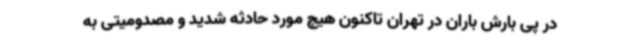
در پی بارش باران در تهران تاکنون هیچ مورد حادثه شدید و مصدومیتی به